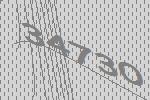
34730